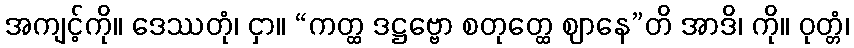
အကျင့်ကို။ ဒေဿတုံ၊ ငှာ။ “ကတ္ထ ဒဋ္ဌဗ္ဗော စတုတ္ထေ ဈာနေ”တိ အာဒိ၊ ကို။ ဝုတ္တံ၊